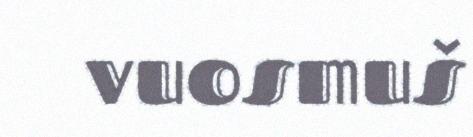
vuosmuš